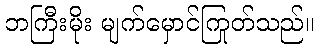
ဘကြီးမိုး မျက်မှောင်ကြုတ်သည်။